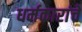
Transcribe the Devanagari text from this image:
धर्मकारांचें